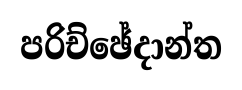
පරිච්ඡේදාන්ත